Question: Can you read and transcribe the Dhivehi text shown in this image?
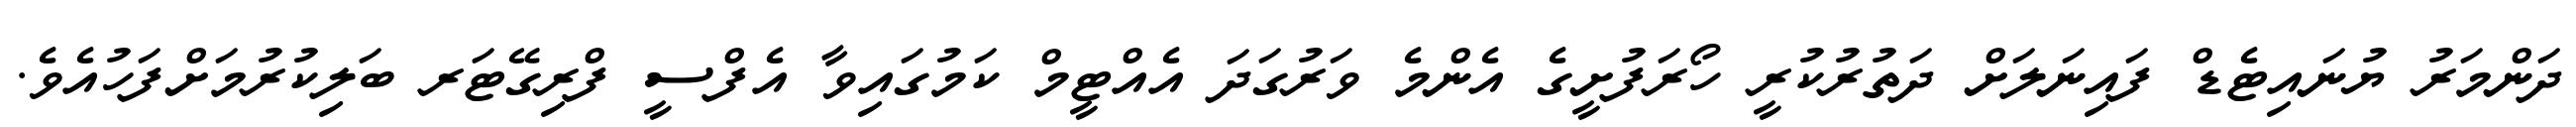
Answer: ދަންމަރު ޔުނައިޓެޑް ފައިނަލަށް ދަތުރުކުރީ ހޯރަފުށީގެ އެންމެ ވަރުގަދަ އެއްޓީމް ކަމުގައިވާ އެފްސީ ފްރިގޭޓަރ ބަލިކުރުމަށްފަހުއެވެ.